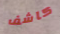
كاشف